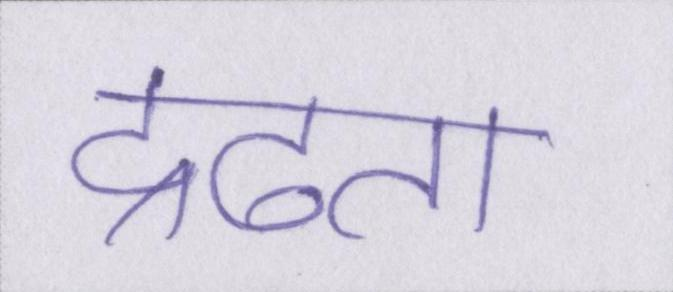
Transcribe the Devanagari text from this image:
द्रढता